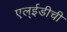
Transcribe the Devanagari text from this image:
एल्‌ईडीची